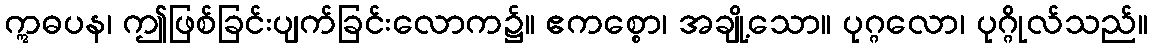
ဣဓပန၊ ဤဖြစ်ခြင်းပျက်ခြင်းလောက၌။ ဧကစ္စော၊ အချို့သော။ ပုဂ္ဂလော၊ ပုဂ္ဂိုလ်သည်။